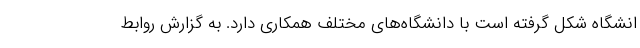
انشگاه شکل گرفته است با دانشگاه‌های مختلف همکاری دارد. به گزارش روابط